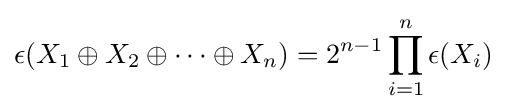
\epsilon (X_{1}\oplus X_{2}\oplus \cdots \oplus X_{n})=2^{n-1}\prod _{i=1}^{n}\epsilon (X_{i})